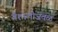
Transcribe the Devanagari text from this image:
वैशालीजवळ